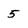
Character: 5